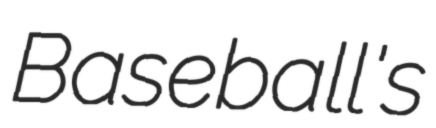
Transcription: Baseball's